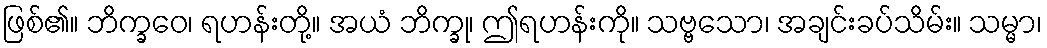
ဖြစ်၏။ ဘိက္ခဝေ၊ ရဟန်းတို့။ အယံ ဘိက္ခု၊ ဤရဟန်းကို။ သဗ္ဗသော၊ အချင်းခပ်သိမ်း။ သမ္မာ၊